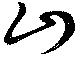
山